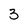
Character: 3